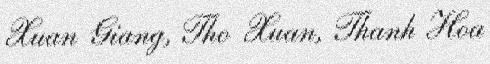
Xuan Giang, Tho Xuan, Thanh Hoa